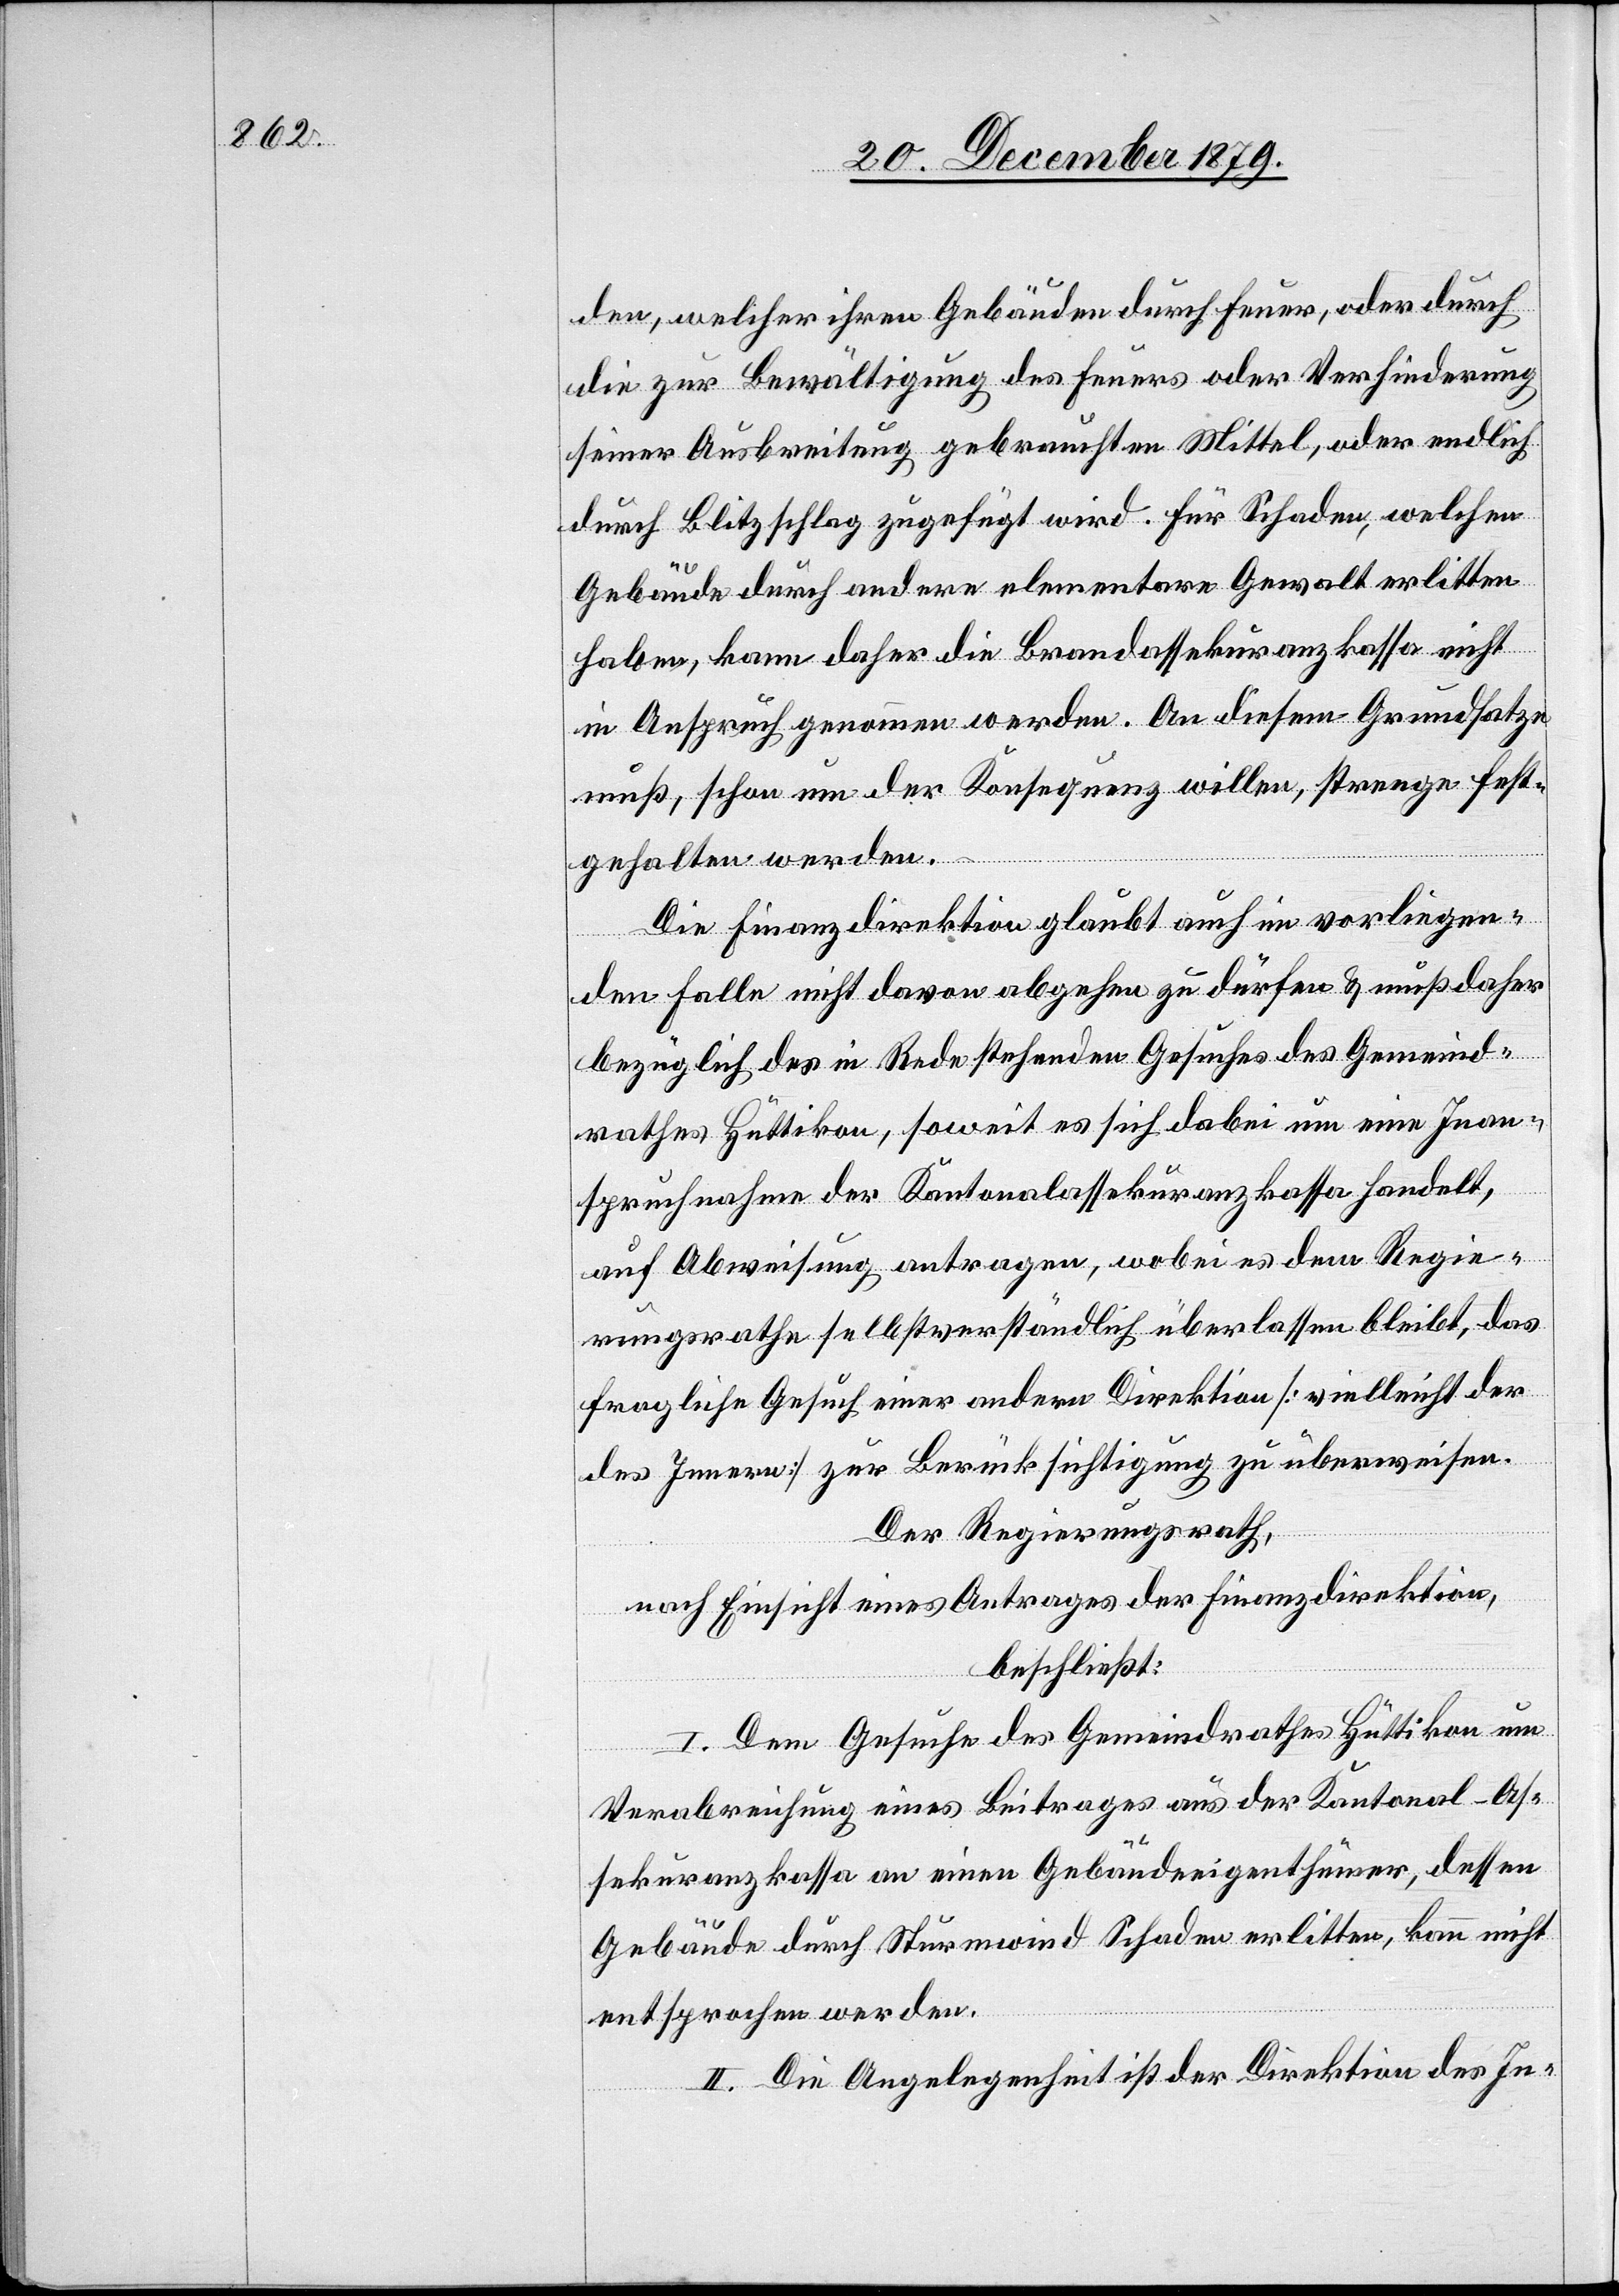
den, welcher ihren Gebäuden durch Feuer, oder durch
die zur Bewältigung des Feuers oder Verhinderung
seiner Ausbreitung gebrauchten Mittel, oder endlich
durch Blitzschlag zugefügt wird. Für Schaden, welchen
Gebäude durch andere elementare Gewalt erlitten
haben, kann daher die Brandassekuranzkasse nicht
in Anspruch genommen werden. An diesem Grundsatze
muß, schon um der Konsequenz willen, strenge fest¬
gehalten werden.
Die Finanzdirektion glaubt auch in vorliegen¬
den Falle nicht davon abgehen zu dürfen & muß daher
bezüglich des in Rede stehenden Gesuches des Gemeind¬
rathes Hüttikon, soweit es sich dabei um eine Inan¬
spruchnahme der Kantonalassekuranzkasse handelt,
auf Abweisung antragen, wobei es dem Regie¬
rungsrathe selbstverständlich überlassen bleibt, das
fragliche Gesuch einer andern Direktion [vielleicht der
des Innern] zur Berücksichtigung zu überweisen.
Der Regierungsrath,
nach Einsicht eines Antrages der Finanzdirektion,
beschließt:
I. Dem Gesuche des Gemeindrathes Hüttikon um
Verabreichung eines Beitrages aus der Kantonal-As¬
sekuranzkasse an einen Gebäudeeigenthümer, dessen
Gebäude durch Sturmwind Schaden erlitten, kann nicht
entsprochen werden.
II. Die Angelegenheit ist der Direktion des In-